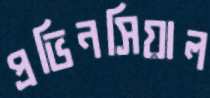
প্রভিনসিয়াল